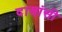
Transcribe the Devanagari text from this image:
दासांसी